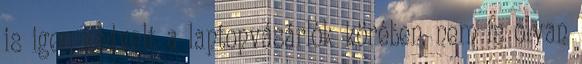
is igen kedvelt a laptopvásárlók körében, nem is olyan